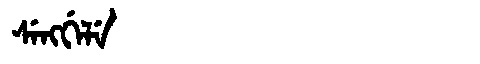
Manchu: ᠰᡝᠩᡤᡝᠯᡝ
Romanization: SENGGELE